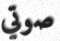
صوتي